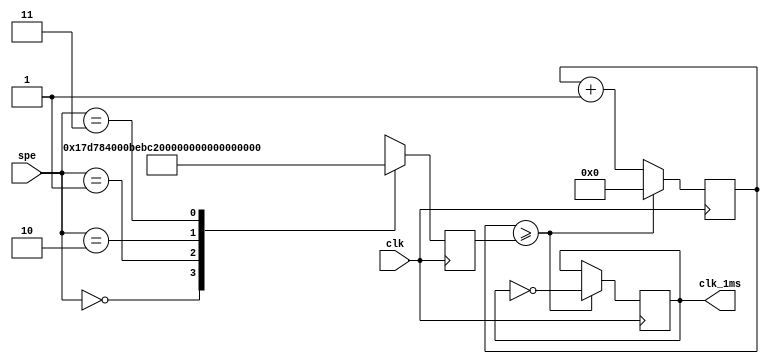
//
module timer_ns(input wire clk, output reg clk_1ms, input [1:0] spe);
	
	reg [31:0] cnt;
	reg [31:0] rep;

	initial begin
		cnt [31:0] <=0;
		clk_1ms <= 0;
	end

	always@(posedge clk) begin
	
		case(spe)  //
			2'b00:begin
				rep <= 25000000;  //1HZ
			end
			2'b01:begin
				rep <= 12500000;  //2HZ
			end
			2'b10:begin
				rep <=  6250000;  //4HZ
			end
			2'b11:begin
				rep <=  3125000;  //8HZ
			end
		endcase
	
		if(cnt>=rep) begin
			cnt<=0;
			clk_1ms <= ~clk_1ms;
		end
		else begin
			cnt<=cnt+1;
		end
		
	end

endmodule